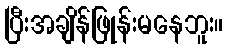
ပြီးအချိန်ဖြုန်းမနေဘူး။